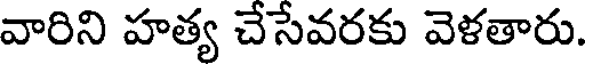
వారిని హత్య చేసేవరకు వెళతారు.